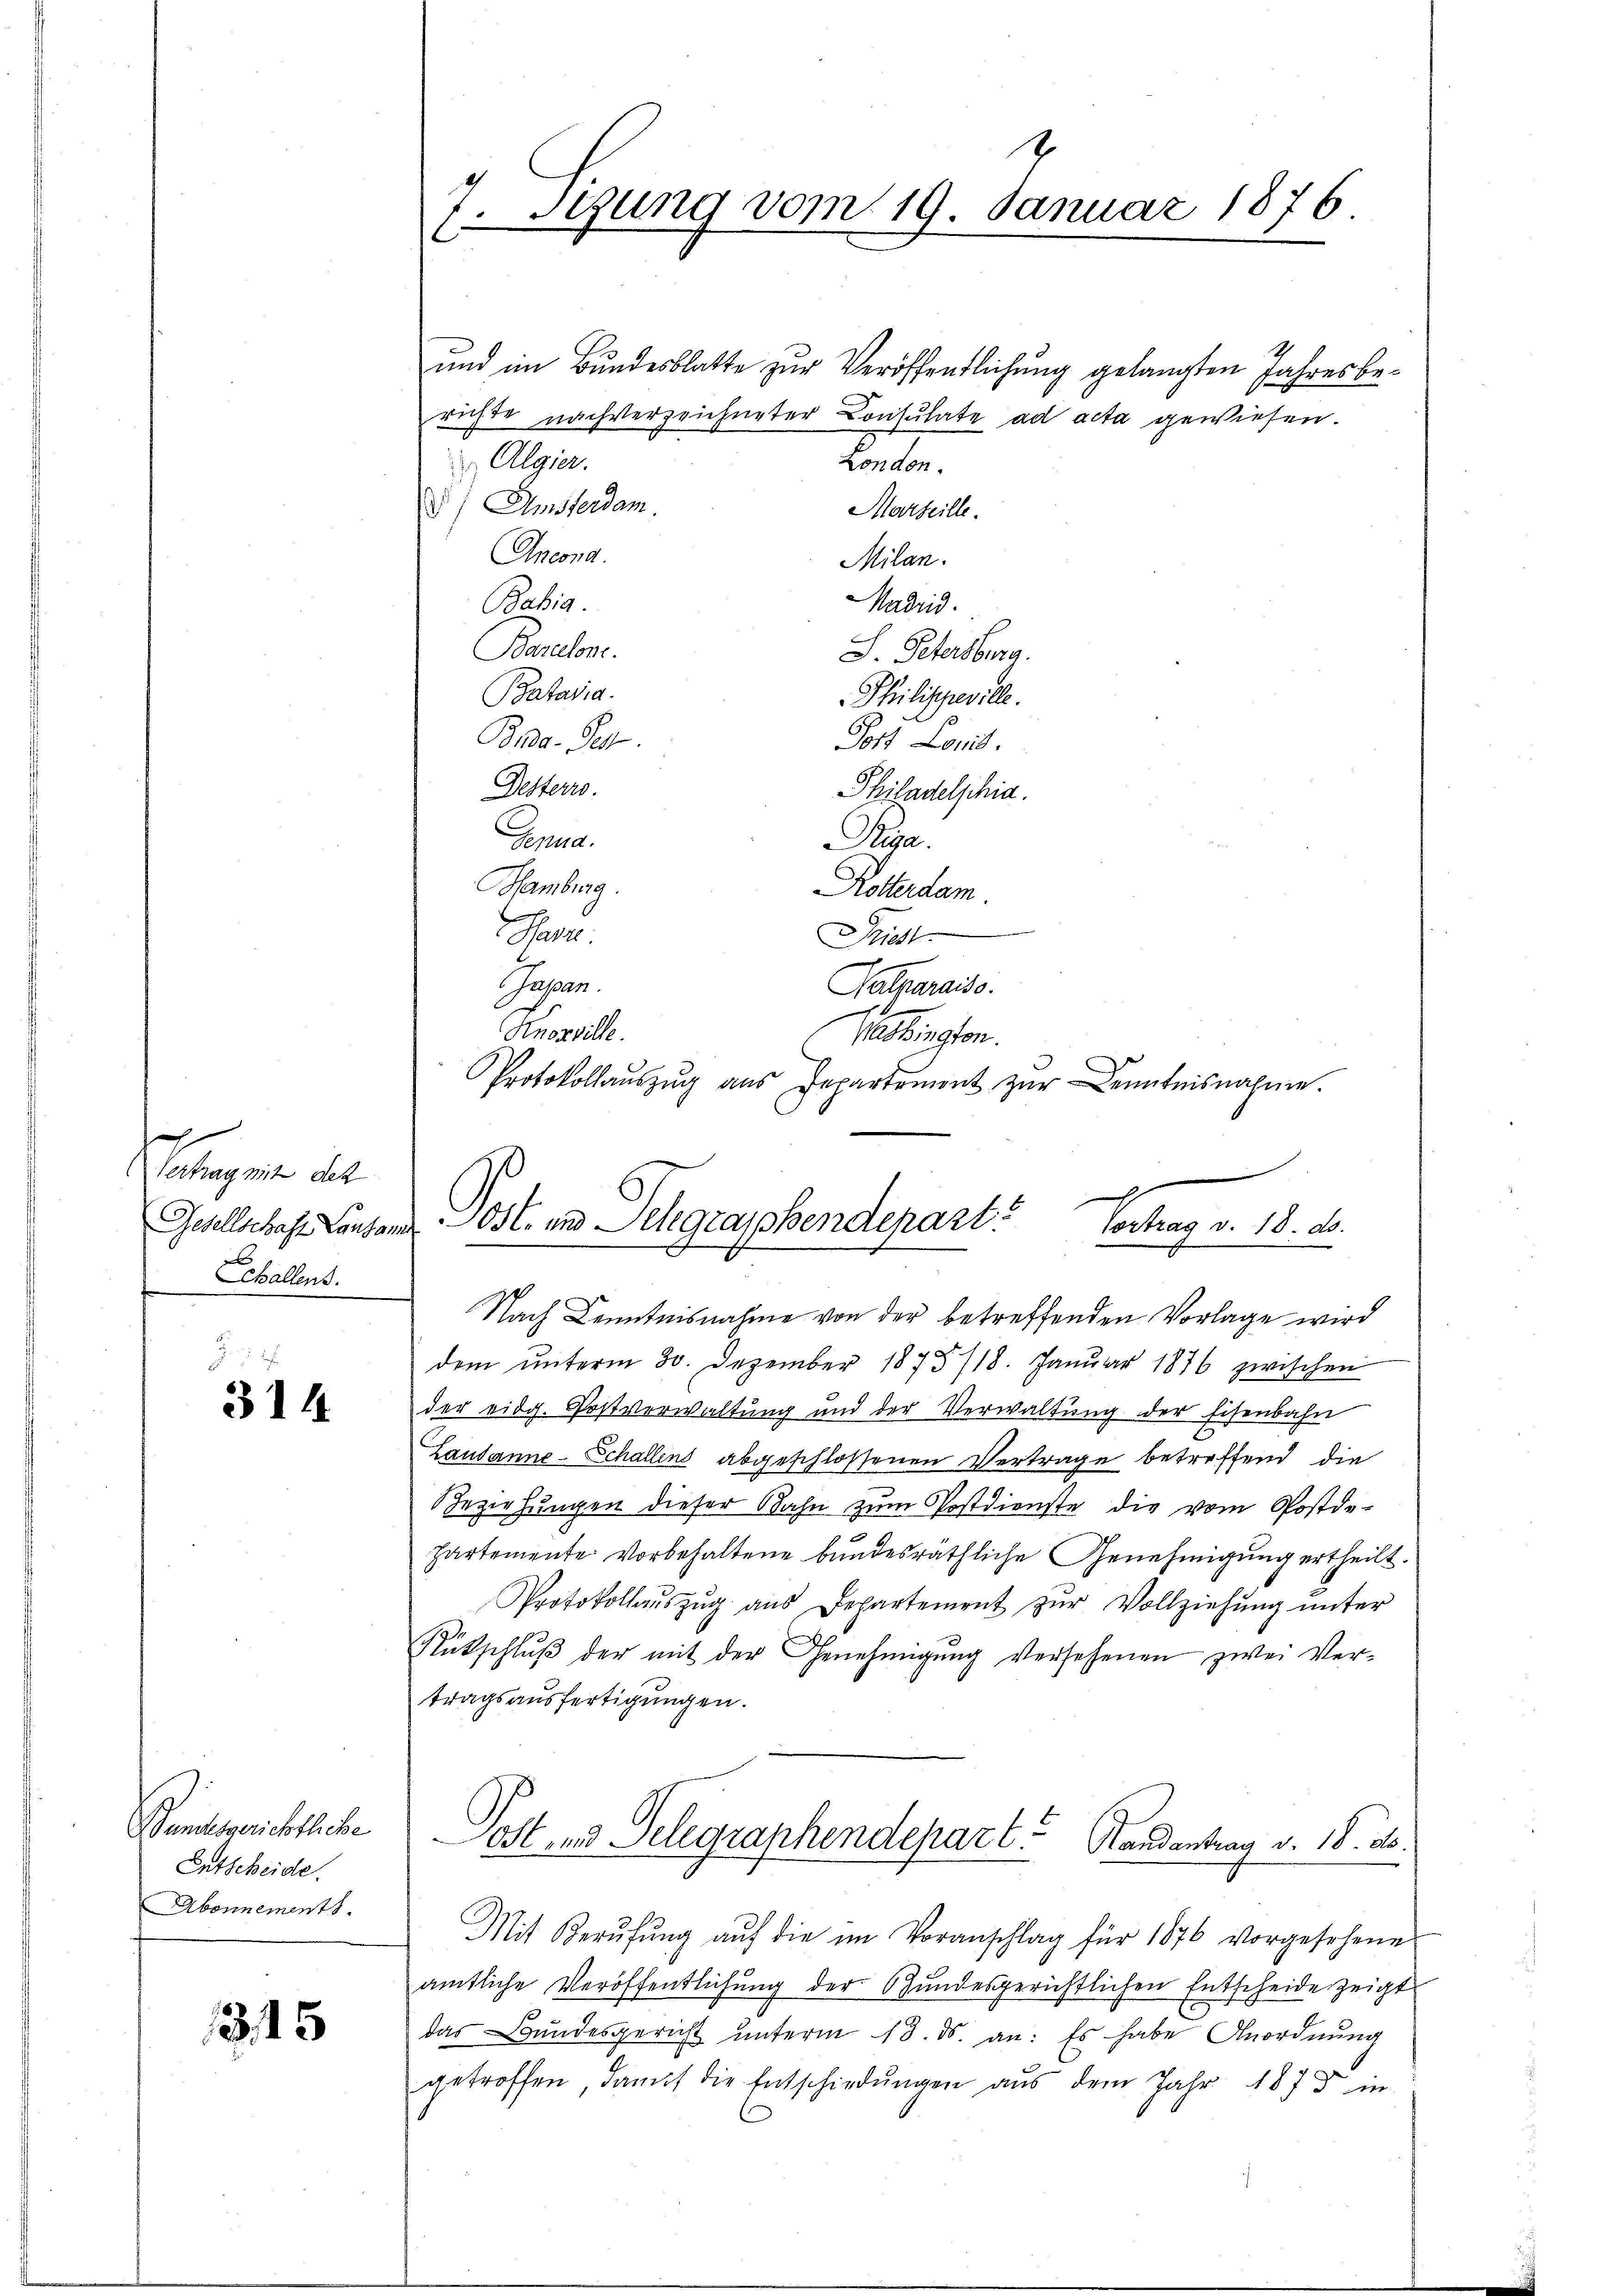
s
Vertrag mit des
Gesellschaft Lausam
Echallens.

314

Bundesgerichtliche
Entscheide.
Abonnements.

315

2
7. Stung vom 19. Januar 1876.

und im Bundesblatte zur Veröffentlichung gelangten Jahresberichte nachverzeichneter Consulate ad acta gewiesen.
Laner
Algier.
d) Amsterdam
Marteille.
Ancona.
Milan.
Madrid.
Bahia
S. Petersburg.
Barelone.
Pataria.
Philispeville.
Bra-Sch
Fort Loris.
Philadelphia.
Desterro.
Pepera.
Ptiga
Hamburg.
Rotterdam
Gan
Driest
Jassen.
Palparaiso
1
Knoxville.
Washington.
Protokollaŭszŭg ans Departemont zŭr Kenntnisnahme.
Nach Kenntnisnahme von der betreffenden Vorlage wird
dem unterm 30. Dezember 1875/18. Januar 1876 zwischen
der eidg. Postverwaltung und der Verwaltung der Eisenbahn
Lausanne - Schallens abgeschlossenen Vertrage betreffend die
eziehungen dieser Bahn zum Postdienste die vom Postde-
partemente Vorbehaltene bundesräthliche Genehmigung ertheilt.
Protokollaŭszŭg aŭs Departement zŭr Vollziehŭng ŭnter
Rütschlŭβ der mit der Genehmigŭng versehenen zwei Ver-
tragsausfertigungen.
Post- und Telegraphendepart Handantrag v. 18. ds.
Mit Berŭfŭng aŭf die im Voranschlag für 1876 vorgesehenes
amtliche Veröffentlichung der Stundesgerichtlichen Entscheide zeigt
das Bundesgericht ŭnterm 13. ds. an: Es habe Anordnŭng
getroffen, damit die Entschiedŭngen aus dem Jahr 1873 in
i

x
Post in Schgrabenderart
Vortrag v. 18. ds.
.